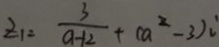
z _ { 1 } = \frac { 3 } { a - 1 2 } + ( a ^ { 2 } - 3 ) :